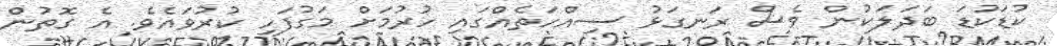
ކުޑަކުޑަ ބަދަލަކުން ވެސް ރަނގަޅު ސިއްހަތެއްގައި ހުރުމަށް މަގުފަހި ކުރުވައެވެ. އެ ގޮތުން